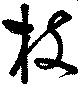
枝